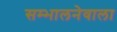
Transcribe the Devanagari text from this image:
सम्भालनेवाला